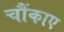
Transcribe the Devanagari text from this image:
चौंकाए